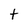
Character: t